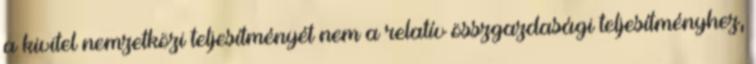
a kivitel nemzetközi teljesítményét nem a relatív összgazdasági teljesítményhez,